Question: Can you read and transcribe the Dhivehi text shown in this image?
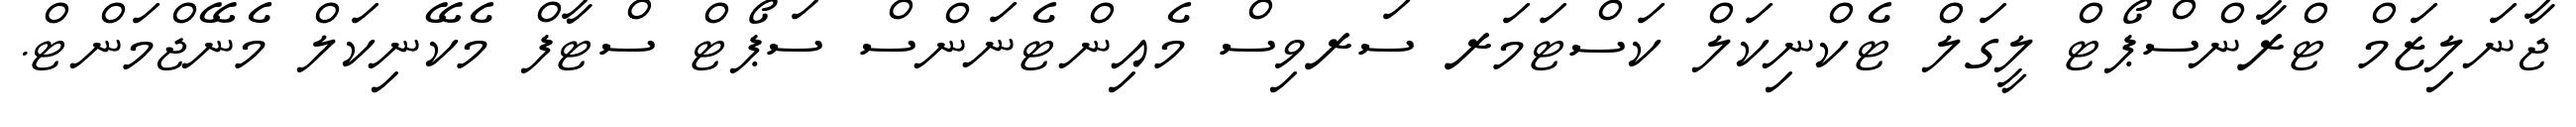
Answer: ޖާނަލިޒަމް ޓްރާންސްޕޯޓް ލީގަލް ޓެކްނިކަލް ކަސްޓަމަރ ސަރވިސް މެއިންޓެނަންސް ސަޕޯޓް ސްޓާފް މެކޭނިކަލް މެނޭޖްމަންޓް.